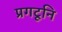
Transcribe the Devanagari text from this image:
प्रगटूनि